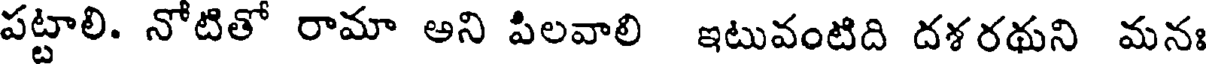
పట్టాలి. నోటితో రామా అని పిలవాలి ఇటువంటిది దశరథుని మనః